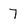
Character: 7